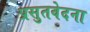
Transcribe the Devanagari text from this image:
प्रसुतवेदना